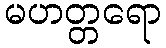
မဟတ္တရော